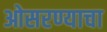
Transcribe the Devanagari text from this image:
ओसरण्याचा